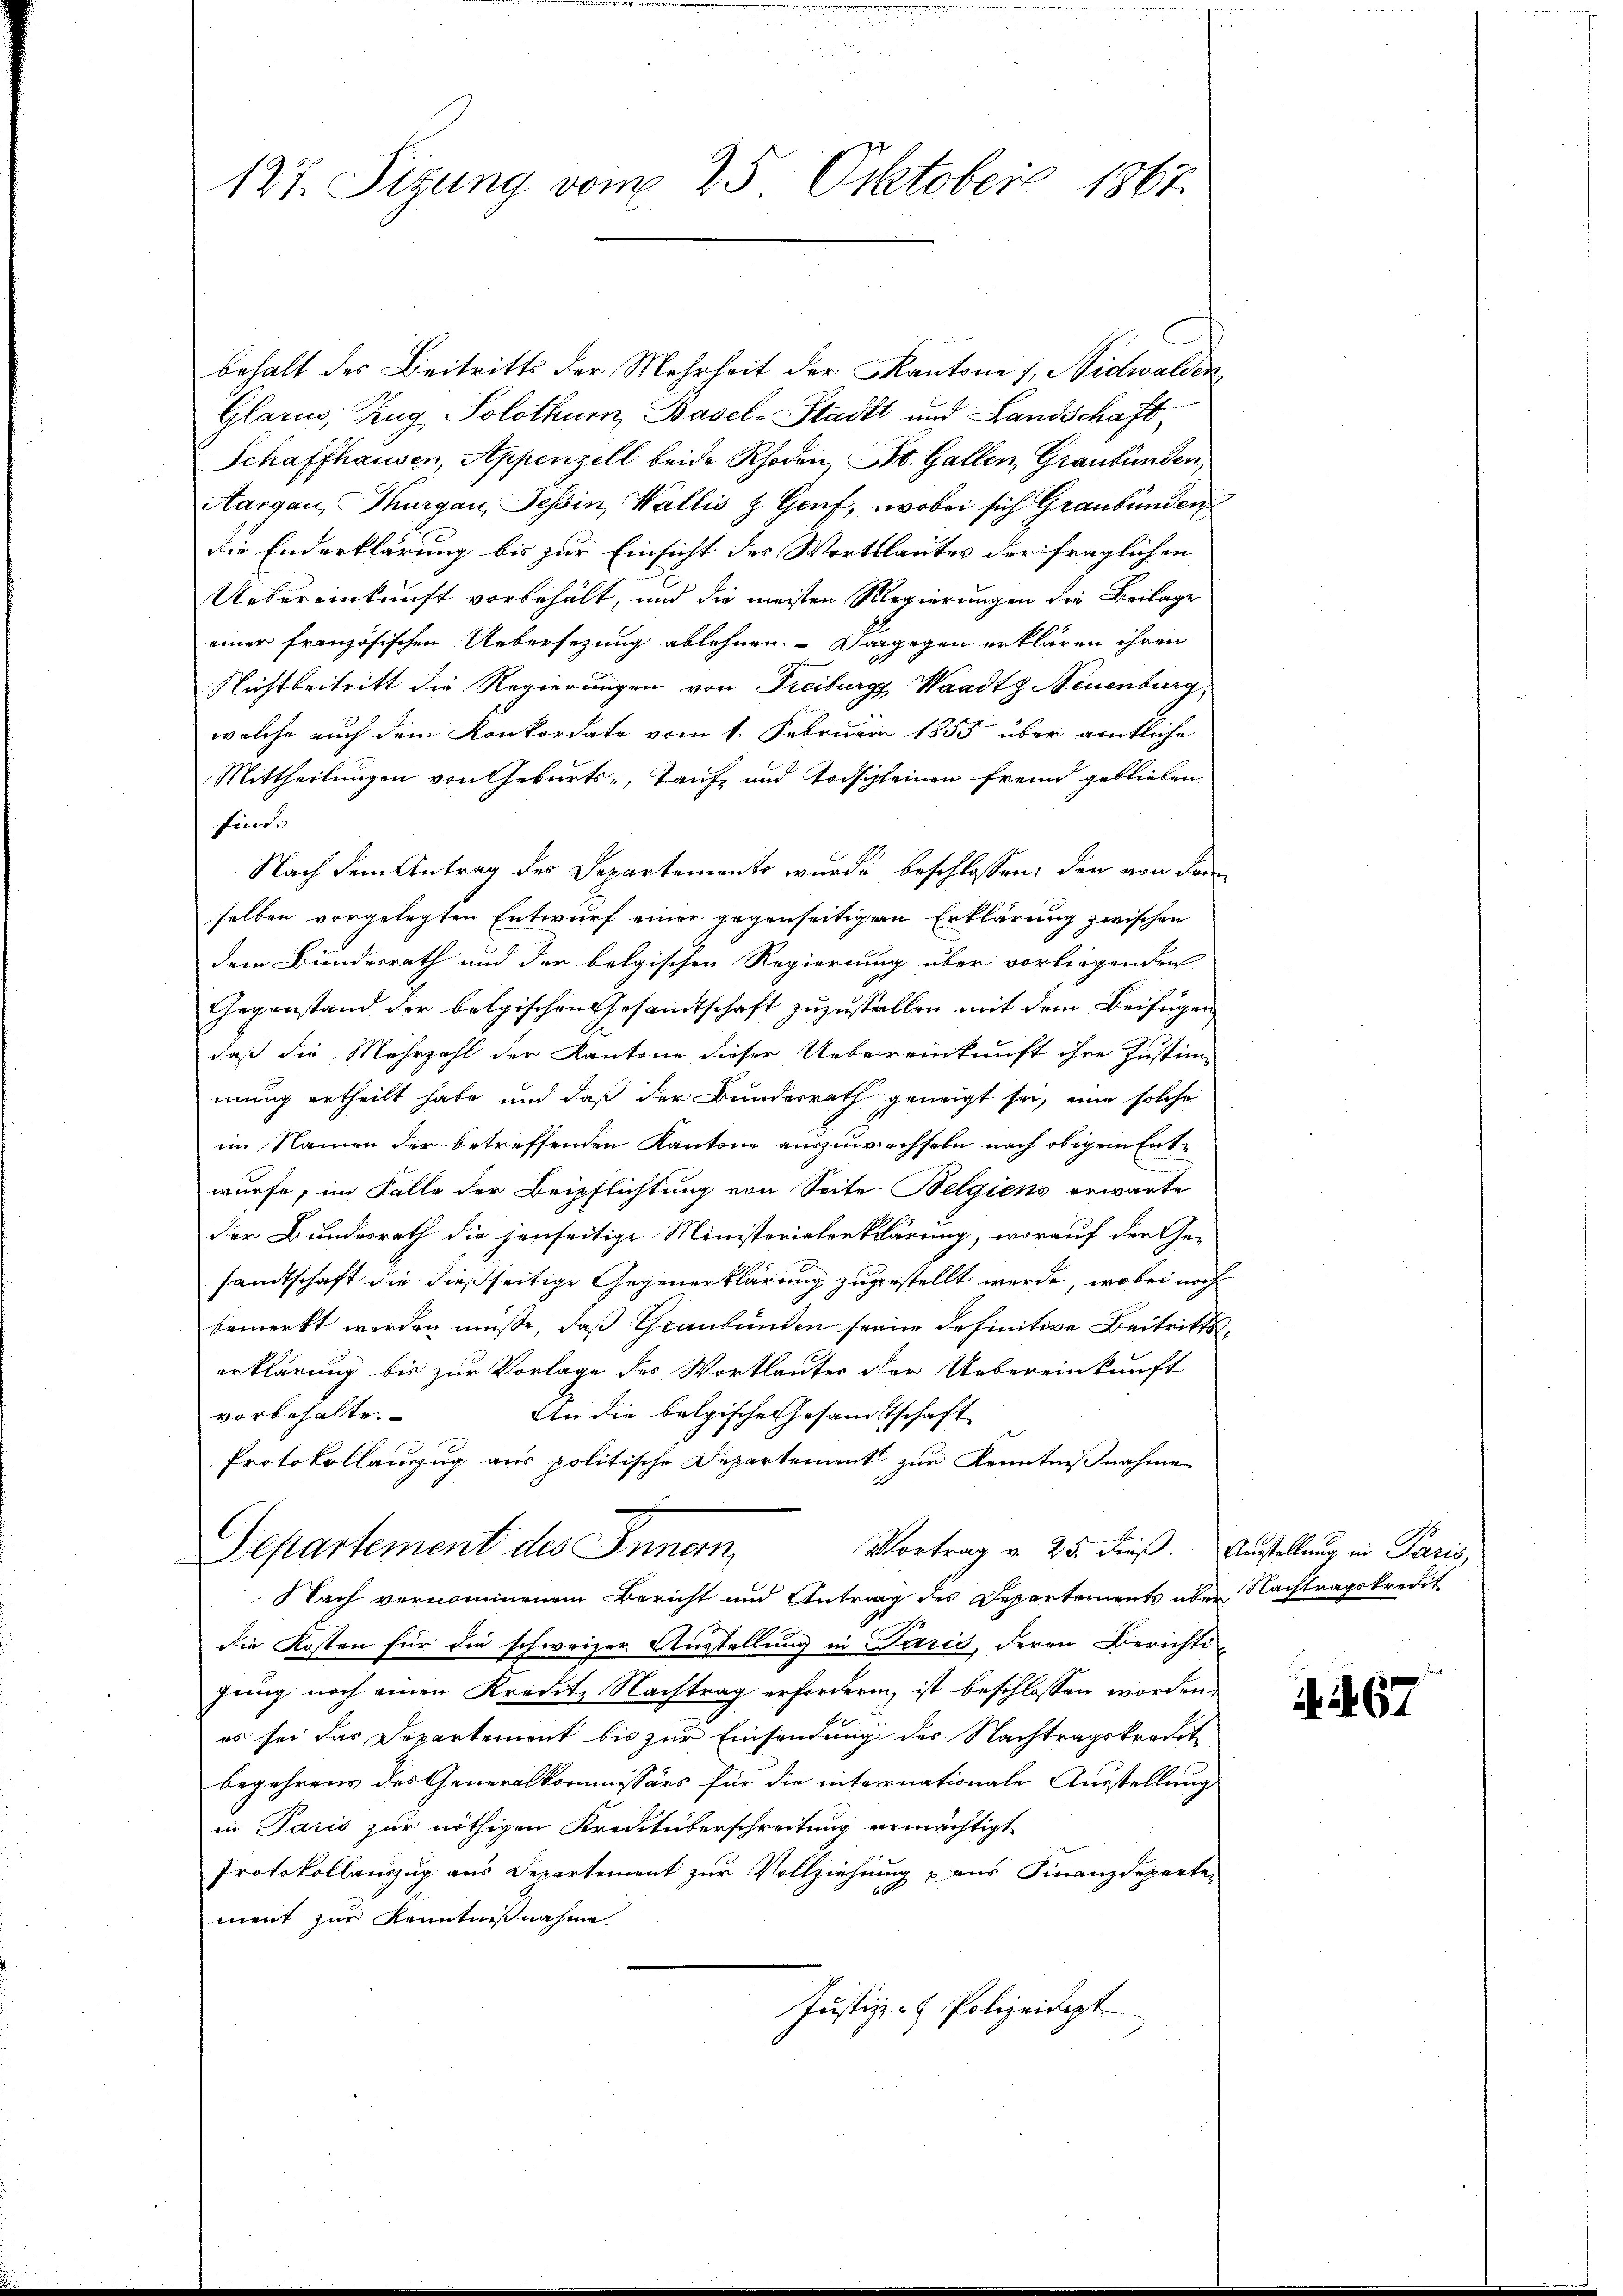
127. Sizung vom 25. Oktober 1867.

behalt des Beitritts der Mehrheit der Kantone 1, Nidwalden
Glarus, Zug Solothurn, Basel-Stadt und Landschaft,
Schaffhausen, Appenzell beide Rhoden St. Gallen, Graubünden,
Aargau, Thurgau, Tessin, Wallis & Genf, wobei sich Graubünden
die Enderklärung bis zur Einsicht des Wortlautes der fraglichen
Uebereinkunft vorbehält, und die meisten Regierungen die Beilage
einer französischen Uebersezung ablehnen. Dagegen erklären ihren
Nichtbeitritt die Regierungen von Freiburg, Waadt Neuenburg,
welche auch dem Konkordate vom 1. Februar 1855 über amtliche
Mittheilungen von Geburts-, Taufe und Todschleinen freund geblieben
finde
Nach dem Antrag des Departements wurde beschlossen, den von dem
selben vorgelegten Entwurf einer gegenseitigen Erklärung zwischen
dem Bundesrath und der belgischen Regierung über vorliegenden
Gegenstand der belgischen Gesamtschaft zuzustellen mit dem Beifügen
daß die Mehrzahl der Kantone dieser Uebereinkunft ihre Justim-
mung ertheilt habe und daß der Bundesrath geneigt sei, eine solche
im Namen der betreffenden Kantone auszuwechseln nach obigem Entwürfe, im Falle der Beipflichtung von Seite Belgiens erwarte
der Bundesrath die jenseitige Ministerialerklärung, worauf den Ge-
sandtschaft die dießseitige Gegenerklärung zugestellt werde, wobei noch
bemerkt werden müße, daß Graubünden seine definitive Beitrittserklärung bis zur Vorlage des Wortlauter der Uebereinkunft
An die belgische Gesamtschaft
vorbehalte.
Protokollanzug aus politische Departement zur Kenntnißnahme
Vortrag v. 25. dieß.
Separtement des Innern,
Nach vernommenem Bericht und Antrag des Departements über Nachtragskredit
die Kosten für die schweizer Ausstellung in Paris, deren Berichtigung noch einen Kredit. Nachtrag erfordern, ist beschlossen worden,
es sei das Departement bis zur Einsendung des Nachtragskredit
begehrens des Generalkommissärs für die internationale Ausstellung
in Paris zur nöthigen Kreistüberschreitung ermächtigt
Protokollauszug aus Departement zur Vollziehung aus Finanzdeparte-
ment zur Kenntnißnahme
Justiz- & Polizeidept

Ausstellung in Paris,

467